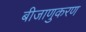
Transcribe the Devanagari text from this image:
बीजाणुकरण